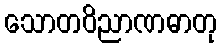
သောတဝိညာဏဓာတု